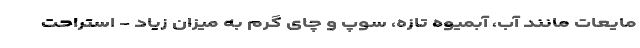
مایعات مانند آب، آبمیوه تازه، سوپ و چای گرم به میزان زیاد - استراحت